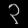
Digit: ၃